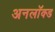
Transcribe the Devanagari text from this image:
अनलॉक्ड